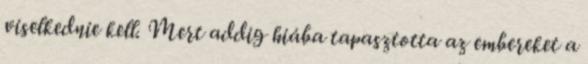
viselkednie kell. Mert addig hiába tapasztotta az embereket a